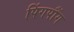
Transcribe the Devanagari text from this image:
पिंगपौंग